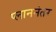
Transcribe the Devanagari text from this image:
प्लाननंतर